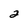
Character: 2